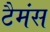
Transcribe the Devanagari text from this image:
टैमंस